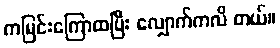
ကမြင်းကြောထပြီး လျှောက်ကလိ တယ်။